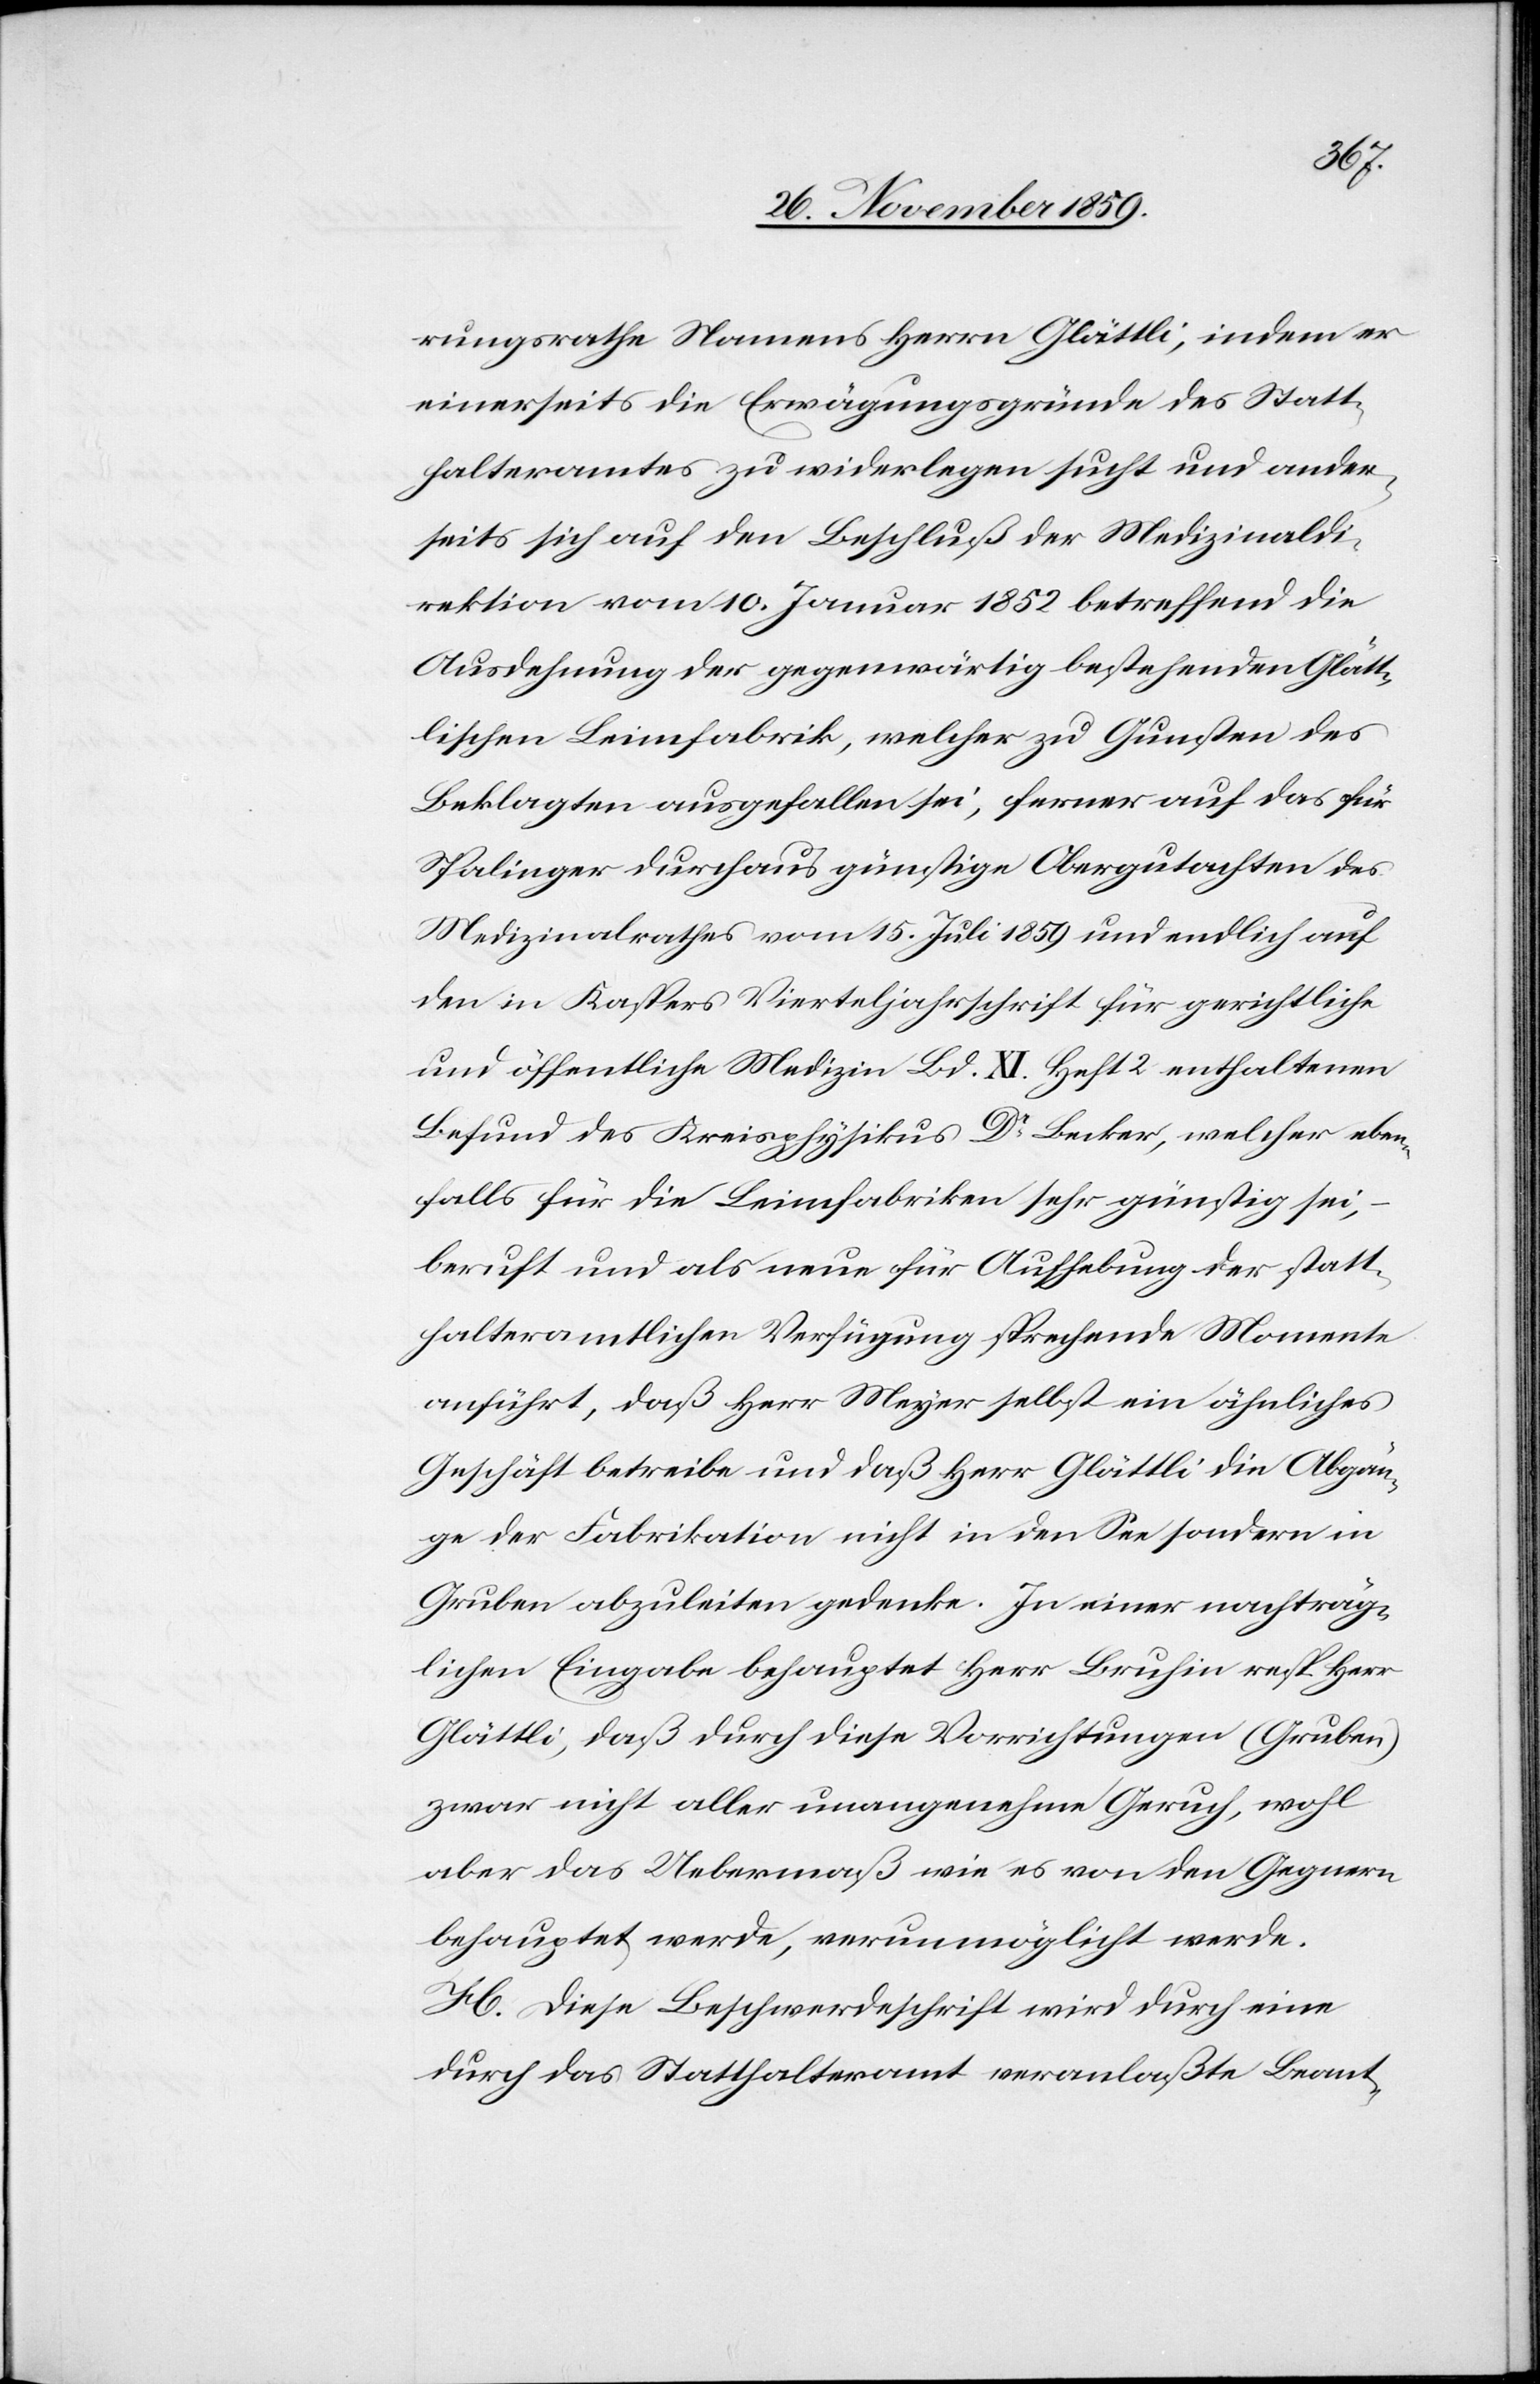
rungsrathe Namens des Herrn Glättli, indem er
einerseits die Erwägungsgründe des Statt¬
halteramtes zu widerlegen sucht und ander¬
seits sich auf den Beschluß der Medizinaldi¬
rektion vom 10. Januar 1852 betreffend die
Ausdehnung der gegenwärtig bestehenden Glätt¬
lischen Leimfabrik, welcher zu Gunsten des
Beklagten ausgefallen sei, ferner auf das für
Spalinger durchaus günstige Obergutachten des
Medizinalrathes vom 15. Juli 1859 und endlich auf
den in Kaspars Vierteljahrschrift für gerichtliche
und öffentliche Medizin Bd. XI. Heft 2 enthaltenen
Befund des Kreisphysikus Dr Becker, welcher eben¬
falls für die Leimfabriken sehr günstig sei,
beruft und als neue für Aufhebung der statt¬
halteramtlichen Verfügung sprechende Momente
anführt, daß Herr Meyer selbst ein ähnliches
Geschäft betreibe und daß Herr Glättli die Abgän¬
ge der Fabrikation nicht in den See sondern in
Gruben abzuleiten gedenke. In einer nachträg¬
lichen Eingabe behauptet Herr Bruhin resp. Herr
Glättli, daß durch diese Vorrichtungen (Gruben)
zwar nicht aller unangenehme Geruch, wohl
aber das Uebermaß wie es von den Gegnern
behauptet werde, verunmöglicht werde.
H. Diese Beschwerdeschrift wird durch eine
durch das Statthalteramt veranlaßte Beant-